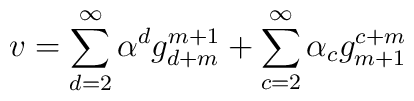
v = \sum_{d=2}^{\infty} \alpha^d g^{m+1}_{d+m} +    \sum_{c=2}^{\infty} \alpha_c	g^{c+m}_{m+1}